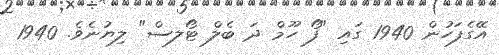
އޭގެފަހުން 1940 ގައި "ފޯ ހޫމް ދަ ބެލް ޓޯލސް" ލިޔުނެވެ. 1940